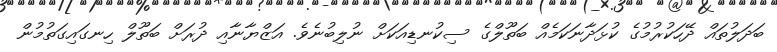
ބަދަލުތައް ދޭހަކުރުމުގެ ކުޅަދާނަކަމެއް ބަތޫލްގެ ސިކުނޑިއަކަށް ނުލިބުނެވެ. އަޒްޔާނާއި ދުރަށް ބަތޫލް ހިނގައިގަތުމުން